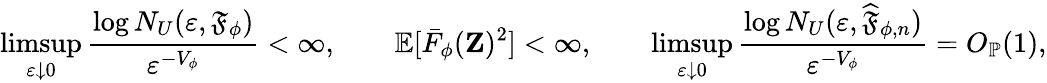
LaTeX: \operatorname*{limsup}_{\varepsilon\downarrow 0}\frac{\log N_{U}(\varepsilon,\mathfrak{F}_{\phi})}{\varepsilon^{-V_{\phi}}}<\infty,\qquad\mathbb{E}[\bar{F}_{\phi}(\mathbf{Z})^{2}]<\infty,\qquad\operatorname*{limsup}_{\varepsilon\downarrow 0}\frac{\log N_{U}(\varepsilon,\widehat{\mathfrak{F}}_{\phi,n})}{\varepsilon^{-V_{\phi}}}=O_{\mathbb{P}}(1),